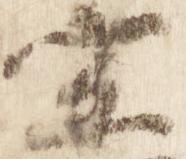
宗